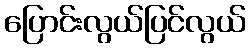
ပြောင်းလွယ်ပြင်လွယ်